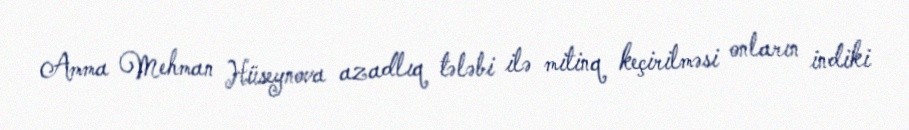
Amma Mehman Hüseynova azadlıq tələbi ilə mitinq keçirilməsi onların indiki